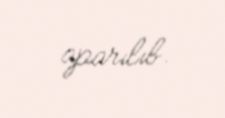
aparılıb.